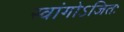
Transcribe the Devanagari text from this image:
स्वांगोऽजितः